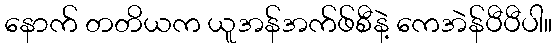
နောက် တတိယက ယူအန်အက်ဖ်စီနဲ့ ကေအဲန်ပီပီပါ။